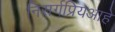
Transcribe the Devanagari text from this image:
निसर्गप्रियआहे